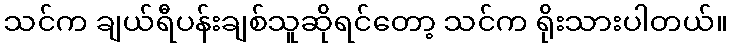
သင်က ချယ်ရီပန်းချစ်သူဆိုရင်တော့ သင်က ရိုးသားပါတယ်။